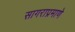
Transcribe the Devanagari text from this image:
सागराप्रमाणे